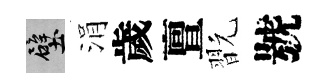
壁涓歲亶翫號